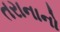
તરાનાનો